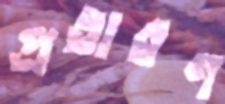
প্রতারণ